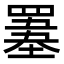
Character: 𦌋